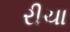
રીચા